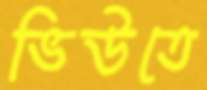
ভিউতে